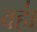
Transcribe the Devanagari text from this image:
वहा॑